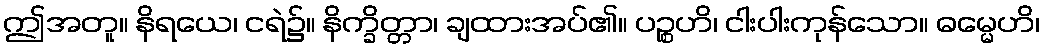
ဤအတူ။ နိရယေ၊ ငရဲ၌။ နိက္ခိတ္တာ၊ ချထားအပ်၏။ ပဉ္စဟိ၊ ငါးပါးကုန်သော။ ဓမ္မေဟိ၊